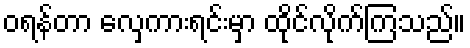
ဝရန်တာ လှေကားရင်းမှာ ထိုင်လိုက်ကြသည်။